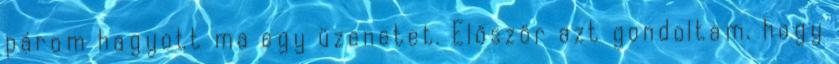
párom hagyott ma egy üzenetet. Először azt gondoltam, hogy